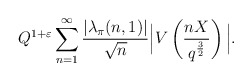
\begin{align*}Q^{1+\varepsilon}\sum_{n=1}^\infty \frac{|\lambda_\pi(n,1)|}{\sqrt{n}}\Bigr|V\left(\frac{nX}{q^{\frac{3}{2}}}\right)\Bigl|.\end{align*}